system: You are a helpful assistant.
user:
Analyze the provided spectrum to determine if it is a **Carbon Star (C-type)**.

- **Key Visual Indicators of Carbon Star:**
    - **(Primary):** Strong molecular absorption from **C₂ (diatomic carbon) "Swan Bands."** This is the **defining feature** of a carbon star.
        - **(Key Bandheads):** Sharp absorption edges are visible at approximately $5635$ Å, $5165$ Å (the strongest band), and $4737$ Å.
        - **(Line Profile):** Creates a distinct **"saw-tooth"** pattern. The key morphology is a sharp, steep bandhead on the **red (long-wavelength) side**, which then gradually tapers off (i.e., flux recovers) towards the **blue (short-wavelength) side**. *(This is the direct opposite of the TiO bands seen in M-type stars)*.

    - **(Secondary):** Intense **CN (cyanogen)** molecular absorption bands.
        - **(Key Bandheads):** Located in the blue and violet regions of the spectrum (e.g., near $4215$ Å and $3883$ Å).
        - **(Morphology):** These bands are extremely broad and act as a "blanket," absorbing the vast majority of blue and violet light. This creates a characteristic **"cliff"** or **"steep drop-off"** in the spectrum's flux at short wavelengths.

    - **(Key Confirmation):** Strong **CH absorption band (G-band)**.
        - **(Key Bandhead):** Located around $4300$ Å. The contribution from CH molecules to this band is exceptionally strong.

    - **(Overall Spectrum):**
        - The continuum is severely "chopped up" by these deep molecular bands, especially C₂, rather than appearing as a smooth curve.
        - Due to the heavy CN and C₂ absorption in the blue-green, the vast majority of the star's flux is concentrated in the red part of the spectrum, giving the star its characteristic deep red color.

Think first, call **spectral_visualization_tool** if needed to examine features in detail, then provide your final answer. Your response must adhere to the following strict rules:
1.  **Overall Structure:** Your response must follow the format `<think>...</think> <tool_call>...</tool_call> (if a tool is used) <answer>...</answer>`.
2.  **Tool Usage Constraint:** You may only make **one** tool call per turn.
3.  **Final Answer Format:** In the `<answer>` tag, your conclusion must be inside a `\boxed{}` command (e.g., `\boxed{YES}`), followed by your justification.

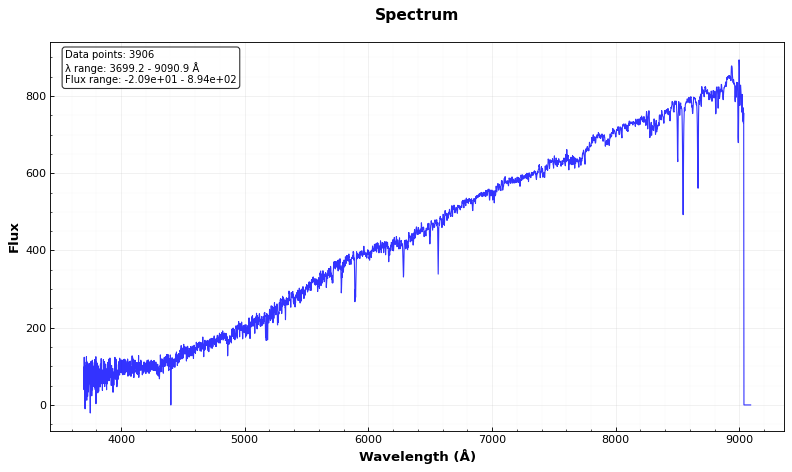
Answer: NO